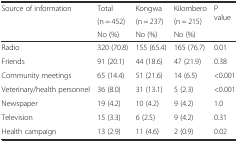
<table><thead><tr><td rowspan="3"><b>Source of information</b></td><td><b>Total</b></td><td><b>Kongwa</b></td><td><b>Kilombero</b></td><td rowspan="3"><b>P value</b></td></tr><tr><td><b>(n = 452)</b></td><td><b>(n = 237)</b></td><td><b>(n = 215)</b></td></tr><tr><td><b>No (%)</b></td><td><b>No (%)</b></td><td><b>No (%)</b></td></tr></thead><tbody><tr><td>Radio</td><td>320 (70.8)</td><td>155 (65.4)</td><td>165 (76.7)</td><td>0.01</td></tr><tr><td>Friends</td><td>91 (20.1)</td><td>44 (18.6)</td><td>47 (21.9)</td><td>0.38</td></tr><tr><td>Community meetings</td><td>65 (14.4)</td><td>51 (21.6)</td><td>14 (6.5)</td><td>&lt;0.001</td></tr><tr><td>Veterinary/health personnel</td><td>36 (8.0)</td><td>31 (13.1)</td><td>5 (2.3)</td><td>&lt;0.001</td></tr><tr><td>Newspaper</td><td>19 (4.2)</td><td>10 (4.2)</td><td>9 (4.2)</td><td>1.0</td></tr><tr><td>Television</td><td>15 (3.3)</td><td>6 (2.5)</td><td>9 (4.2)</td><td>0.31</td></tr><tr><td>Health campaign</td><td>13 (2.9)</td><td>11 (4.6)</td><td>2 (0.9)</td><td>0.02</td></tr></tbody></table>